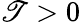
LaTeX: \mathscr{T}>0